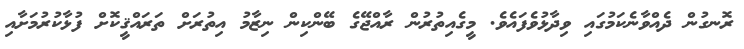
ރޮނގުން ދެއްވާނެކަމުގައި ވިދާޅުވެފައެވެ. މީގެއިތުރުން ރާއްޖޭގެ ބޭންކިން ނިޒާމު އިތުރަށް ތަރައްޤީކޮށް ފުޅާކުރުމަށާއި